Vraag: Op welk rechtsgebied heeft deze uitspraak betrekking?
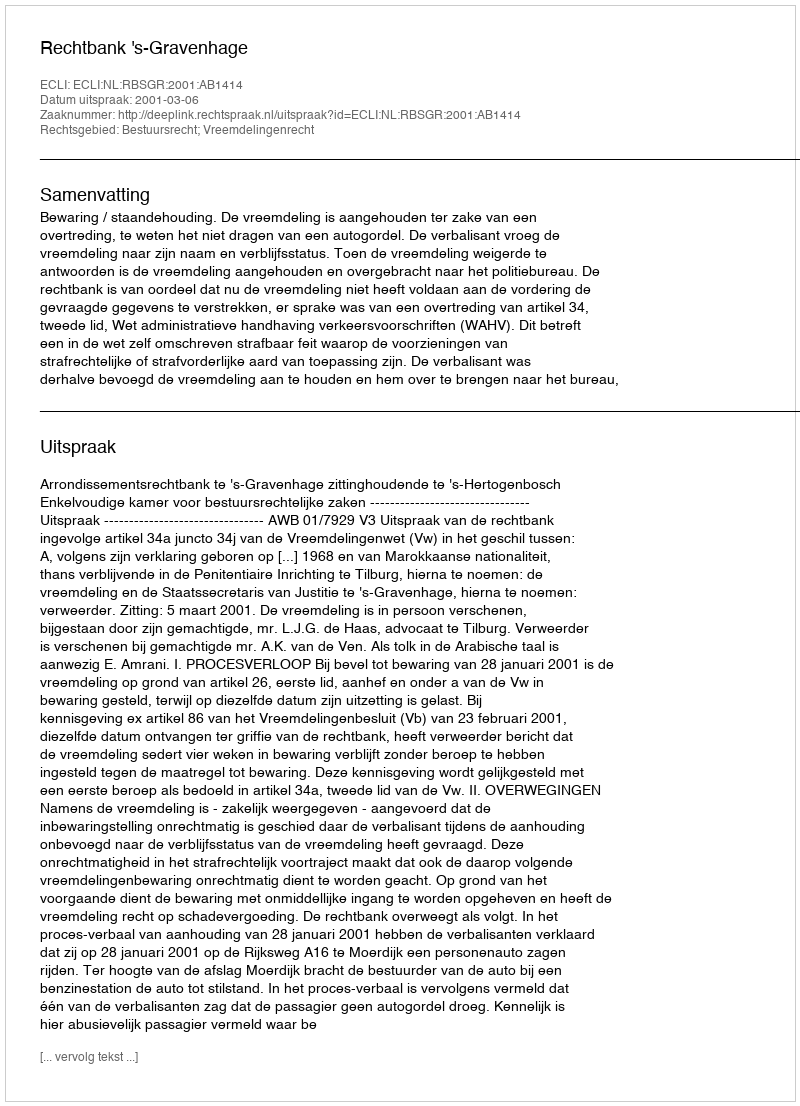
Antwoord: Bestuursrecht; Vreemdelingenrecht